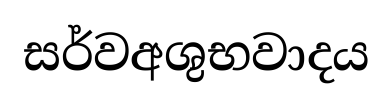
සර්වඅශුභවාදය